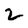
Character: 2